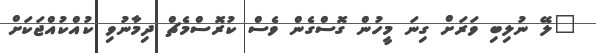
"ލޭ ނުލިބި ވަރަށް ގިނަ މީހުން ގޮސްގެން ވެސް ކުރޮސްމެޗް ދިމާނުވި ކުއްކުއްޖަކަށް